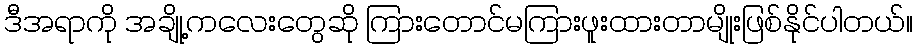
ဒီအရာကို အချို့ကလေးတွေဆို ကြားတောင်မကြားဖူးထားတာမျိုးဖြစ်နိုင်ပါတယ်။